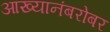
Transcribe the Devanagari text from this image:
आख्यानंबरोबर